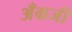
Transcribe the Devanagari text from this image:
अँग्रजी